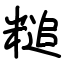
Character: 䊚